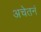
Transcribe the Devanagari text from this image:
अचेतनं